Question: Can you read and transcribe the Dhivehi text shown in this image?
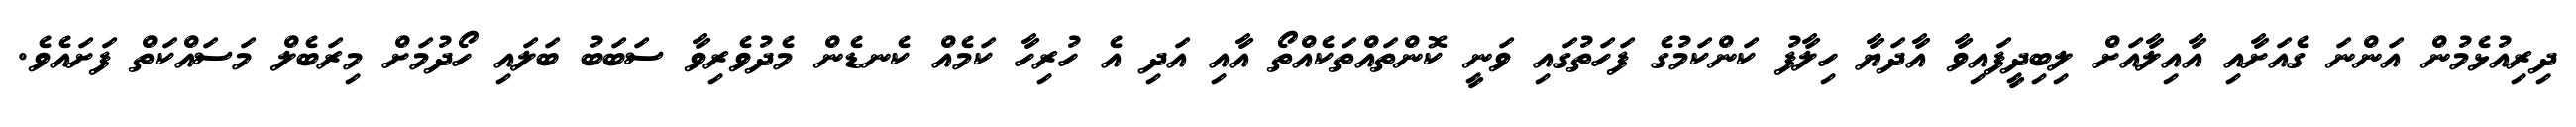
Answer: ދިރިއުޅެމުން އަންނަ ގެއަށާއި އާއިލާއަށް ލިބިދީފައިވާ އާދަޔާ ހިލާފު ކަންކަމުގެ ފަހަތުގައި ވަނީ ކޮންތައްތަކެއްތޯ އާއި އަދި އެ ހުރިހާ ކަމެއް ކެނޑެން މެދުވެރިވާ ސަބަބު ބަލައި ހޯދުމަށް މިރަބެލް މަސައްކަތް ފަށައެވެ.